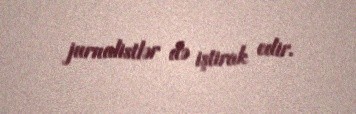
jurnalistlər də iştirak edir.